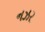
નઝર